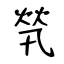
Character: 㷀